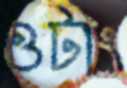
ওটাং